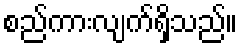
စည်ကားလျက်ရှိသည်။